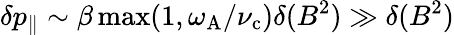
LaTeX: \delta p_{\| }\sim\beta\operatorname*{max}(1,\omega_{\mathrm{A}}/\nu_{\mathrm{c}})\delta(B^{2})\gg\delta(B^{2})